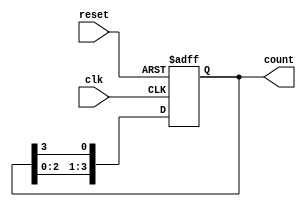
module ring_counter (
    input wire clk,      // Clock input
    input wire reset,    // Asynchronous reset input
    output reg [3:0] count // 4-bit output for the ring counter
);

// Always block that triggers on the positive edge of the clock or when reset is high
always @(posedge clk or posedge reset) begin
    if (reset) begin
        // Initialize to 1000 on reset
        count <= 4'b1000;
    end else begin
        // Shift the '1' to the next position in a circular manner
        count <= {count[2:0], count[3]}; // Shift left and cycle
    end
end

endmodule